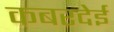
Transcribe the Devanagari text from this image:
कबरदेई